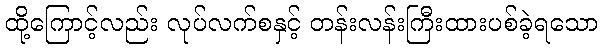
ထို့ကြောင့်လည်း လုပ်လက်စနှင့် တန်းလန်းကြီးထားပစ်ခဲ့ရသော